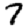
Digit: 7